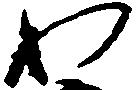
わ